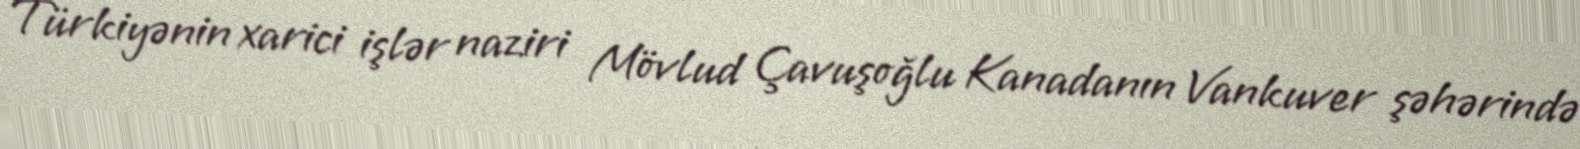
Türkiyənin xarici işlər naziri Mövlud Çavuşoğlu Kanadanın Vankuver şəhərində